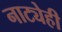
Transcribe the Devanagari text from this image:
नाट्येही